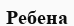
Ребена